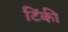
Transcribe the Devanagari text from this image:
टिंकी